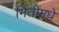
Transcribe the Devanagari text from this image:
मितींमधे